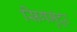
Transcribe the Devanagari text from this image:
सिगमुंदूर